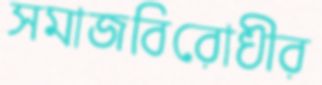
সমাজবিরোধীর